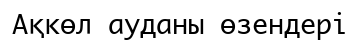
Ақкөл ауданы өзендері